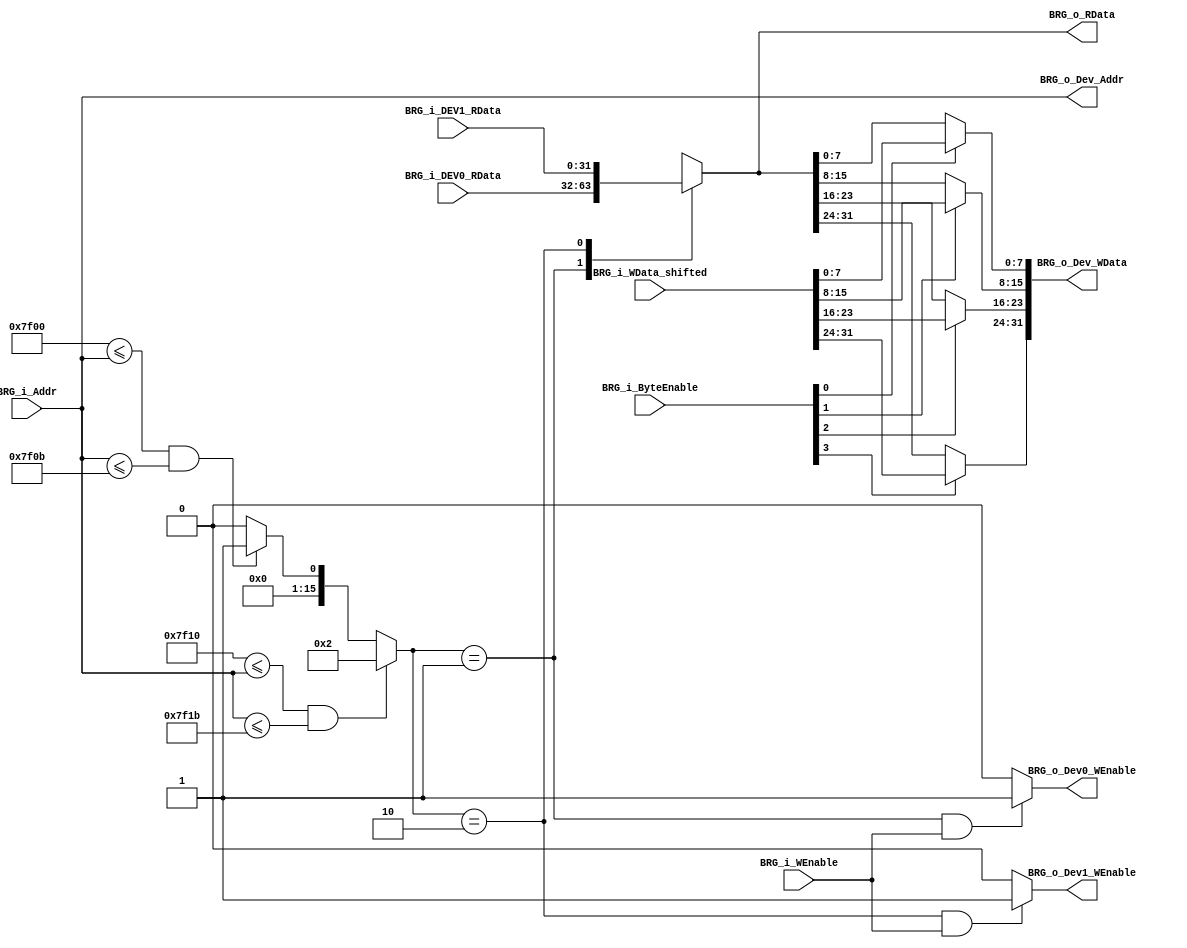
`timescale 1ns / 1ps
//////////////////////////////////////////////////////////////////////////////////
// Company: 
// Engineer: 
// 
// Design Name: 
// Module Name:    Bridge 
// Project Name: 
// Target Devices: 
// Tool versions: 
// Description: 
//
// Dependencies: 
//
// Revision: 
// Revision 0.01 - File Created
// Additional Comments: 
//
//////////////////////////////////////////////////////////////////////////////////
`ifndef _BRG_MACRO
`define _BRG_MACRO

`define HIT_NOHIT 16'd0
`define HIT_DEV0 16'd1
`define HIT_DEV1 16'd2

`endif


module Bridge(
    input [31:0] BRG_i_Addr,
    input [3:0] BRG_i_ByteEnable,
    input [31:0] BRG_i_WData_shifted,
    input BRG_i_WEnable,
    output reg [31:0] BRG_o_RData,
    // Below are for devices
    input [31:0] BRG_i_DEV0_RData,
    input [31:0] BRG_i_DEV1_RData,
    output [31:0] BRG_o_Dev_Addr,
    output BRG_o_Dev0_WEnable,
    output BRG_o_Dev1_WEnable,
    output [31:0] BRG_o_Dev_WData
    );

    // Device Hit Check
    reg [15:0] hit_stat;
    always @(*) begin
        hit_stat = `HIT_NOHIT;
        if(32'h7f00 <= BRG_i_Addr && BRG_i_Addr <= 32'h7f0b)
            hit_stat = `HIT_DEV0;

        if(32'h7f10 <= BRG_i_Addr && BRG_i_Addr <= 32'h7f1b)
            hit_stat = `HIT_DEV1;
    end

    // Device Address
    assign BRG_o_Dev_Addr = BRG_i_Addr;

    // Device Read Data
    always @(*) begin
        case (hit_stat)
            `HIT_DEV0: BRG_o_RData = BRG_i_DEV0_RData;
            `HIT_DEV1: BRG_o_RData = BRG_i_DEV1_RData;

            default: BRG_o_RData = 32'bx; 
        endcase
    end

    // Device Write Data
    assign BRG_o_Dev_WData[7:0] = (BRG_i_ByteEnable[0] == 1'b1) ? BRG_i_WData_shifted[7:0] : BRG_o_RData[7:0];
    assign BRG_o_Dev_WData[15:8] = (BRG_i_ByteEnable[1] == 1'b1) ? BRG_i_WData_shifted[15:8] : BRG_o_RData[15:8];
    assign BRG_o_Dev_WData[23:16] = (BRG_i_ByteEnable[2] == 1'b1) ? BRG_i_WData_shifted[23:16] : BRG_o_RData[23:16];
    assign BRG_o_Dev_WData[31:24] = (BRG_i_ByteEnable[3] == 1'b1) ? BRG_i_WData_shifted[31:24] : BRG_o_RData[31:24];

    // Device Write Enable
    assign BRG_o_Dev0_WEnable = (hit_stat == `HIT_DEV0 && BRG_i_WEnable) ? 1'b1 : 1'b0;
    assign BRG_o_Dev1_WEnable = (hit_stat == `HIT_DEV1 && BRG_i_WEnable) ? 1'b1 : 1'b0;

endmodule